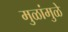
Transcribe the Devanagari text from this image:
मुळांमुळे